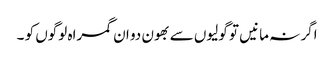
اگر نہ مانیں تو گولیوں سے بھون دو ان گمراہ لوگوں کو ۔